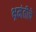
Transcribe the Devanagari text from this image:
भ्रमंतीचे